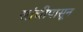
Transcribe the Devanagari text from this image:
सांचीपासून